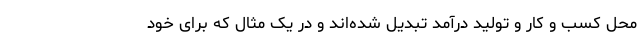
محل کسب و کار و تولید درآمد تبدیل شده‌اند و در یک مثال که برای خود